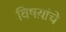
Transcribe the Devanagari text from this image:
विषय़ांचे